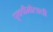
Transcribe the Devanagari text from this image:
पृथवीमोलाची